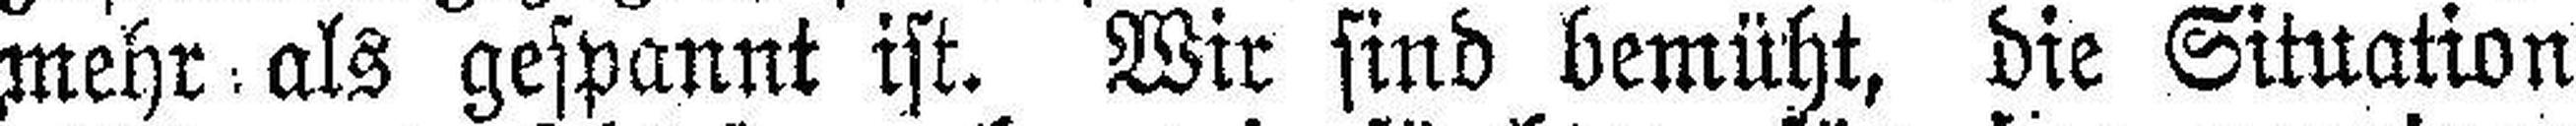
mehr als gespannt ist. Wir sind bemüht, die Situation